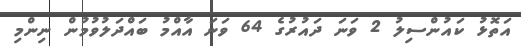
އަތޮޅު ކައުންސިލު 2 ވަނަ ދައުރުގެ 64 ވަނަ އާއްމު ބައްދަލުވުމުން ނިންމި